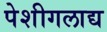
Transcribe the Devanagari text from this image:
पेशीगलाद्य